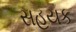
સહયક